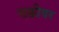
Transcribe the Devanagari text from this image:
चक्कीवर